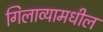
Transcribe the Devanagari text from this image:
गिलाव्यामधील